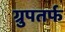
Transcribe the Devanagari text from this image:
ग्रुपतर्फ